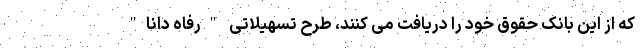
که از این بانک حقوق خود را دریافت می کنند، طرح تسهیلاتی "رفاه دانا"